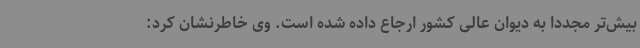
بیش‌تر مجددا به دیوان عالی کشور ارجاع داده شده است. وی خاطرنشان کرد: